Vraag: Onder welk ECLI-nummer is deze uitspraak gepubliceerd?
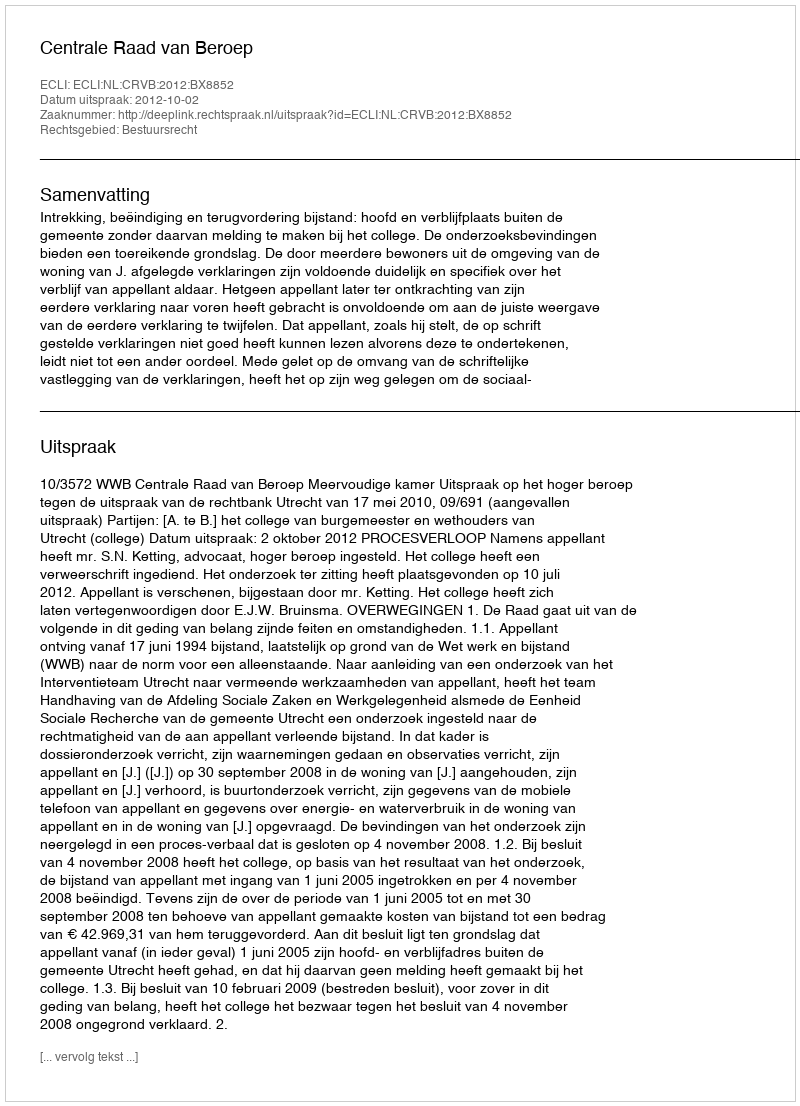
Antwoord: ECLI:NL:CRVB:2012:BX8852